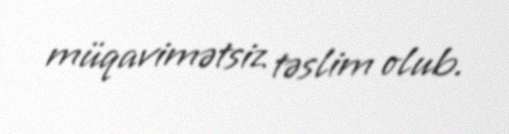
müqavimətsiz təslim olub.